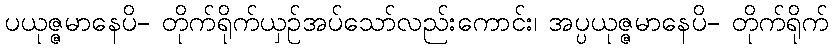
ပယုဇ္ဇမာနေပိ- တိုက်ရိုက်ယှဉ်အပ်သော်လည်းကောင်း၊ အပ္ပယုဇ္ဇမာနေပိ- တိုက်ရိုက်